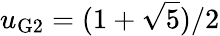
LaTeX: u_{\mathrm{G2}}={(1+\sqrt{5})/2}